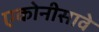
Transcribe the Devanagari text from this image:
एकोनीसावे